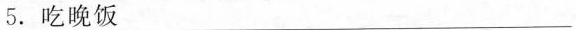
5.吃晚饭________________